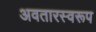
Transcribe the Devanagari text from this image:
अवतारस्वरूप